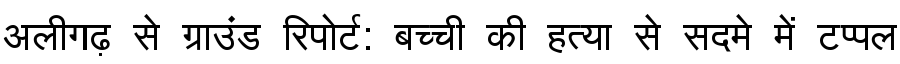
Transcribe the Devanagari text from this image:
अलीगढ़ से ग्राउंड रिपोर्ट: बच्ची की हत्या से सदमे में टप्पल